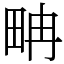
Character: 畘